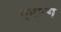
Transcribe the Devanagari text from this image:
एमान्ग